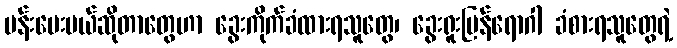
မန်းပေးမယ်ဆိုတာတွေဟာ ခွေးကိုက်ခံထားရသူတွေ၊ ခွေးရူးပြန်ရောဂါ ခံစားရသူတွေရဲ့